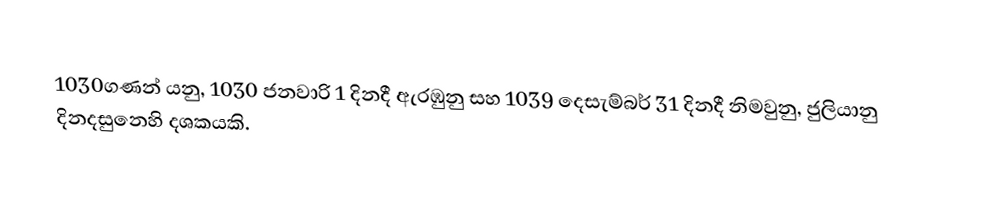
1030ගණන් යනු, 1030 ජනවාරි 1 දිනදී ඇරඹුනු සහ 1039 දෙසැම්බර් 31 දිනදී නිමවුනු, ජුලියානු දිනදසුනෙහි දශකයකි.